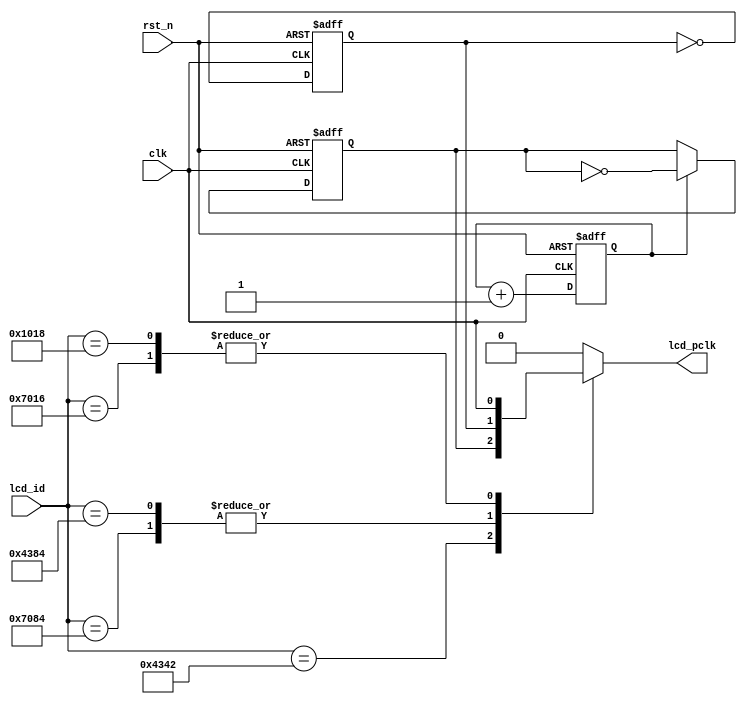
//****************************************Copyright (c)***********************************//
//??????????????www.yuanzige.com
//????????http://www.openedv.com/forum.php
//????????https://zhengdianyuanzi.tmall.com
//????????????????"???????"???????ZYNQ & FPGA & STM32 & LINUX?????
//???????????????
//Copyright(C) ??????? 2023-2033
//All rights reserved                                  
//----------------------------------------------------------------------------------------
// File name:           clk_div
// Created by:          ???????
// Created date:        2023??2??3??14:17:02
// Version:             V1.0
// Descriptions:        clk_div
//
//----------------------------------------------------------------------------------------
//****************************************************************************************///

module clk_div(
    input               clk     ,       //50Mhz
    input               rst_n   ,
    input       [15:0]  lcd_id  ,

    output  reg         lcd_pclk        //??????
    );
//reg define
reg     clk_25m     ;
reg     clk_12_5m   ;
reg     div_4_cnt   ;

//*****************************************************
//**                    main code
//*****************************************************

//???2??? ???25MHz??? 
always @(posedge clk or negedge rst_n) begin
    if(!rst_n)
        clk_25m <= 1'b0;
    else 
        clk_25m <= ~clk_25m;
end

//???4??? ???12.5MHz??? 
always @(posedge clk or negedge rst_n) begin
    if(!rst_n) begin
        div_4_cnt <= 1'b0;
        clk_12_5m <= 1'b0;
    end    
    else begin
        div_4_cnt <= div_4_cnt + 1'b1;
        if(div_4_cnt == 1'b1)
            clk_12_5m <= ~clk_12_5m;
    end        
end

always @(*) begin
    case(lcd_id)
        16'h4342 : lcd_pclk = clk_12_5m;
        16'h7084 : lcd_pclk = clk_25m;       
        16'h7016 : lcd_pclk = clk;
        16'h4384 : lcd_pclk = clk_25m;
        16'h1018 : lcd_pclk = clk;
        default :  lcd_pclk = 1'b0;
    endcase      
end

endmodule